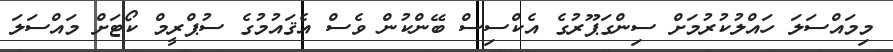
މިމައްސަލަ ހައްލުކުރުމަށް ސިންގަޕޫރުގެ އެކްސިސް ބޭންކުން ވެސް އެޤައުމުގެ ސުޕްރީމް ކޯޓަށް މައްސަލަ